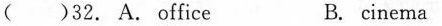
( )32. A.Office B. cinema